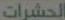
الحشرات